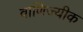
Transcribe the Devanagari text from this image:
वाणिज्यीक